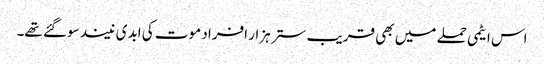
اس ایٹمی حملے میں بھی قریب ستر ہزار افراد موت کی ابدی نیند سوگئے تھے۔